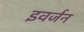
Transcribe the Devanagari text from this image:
इवर्जन